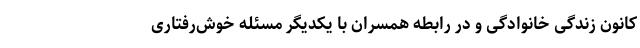
کانون زندگی خانوادگی و در رابطه همسران با یکدیگر مسئله خوش‌رفتاری